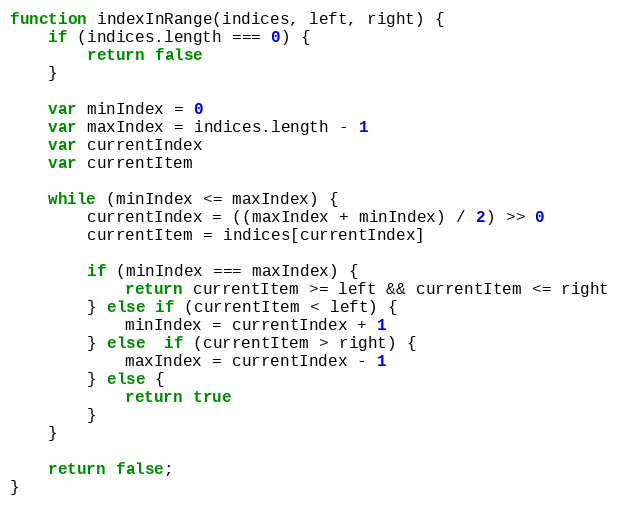
Language: JavaScript
function indexInRange(indices, left, right) {
    if (indices.length === 0) {
        return false
    }

    var minIndex = 0
    var maxIndex = indices.length - 1
    var currentIndex
    var currentItem

    while (minIndex <= maxIndex) {
        currentIndex = ((maxIndex + minIndex) / 2) >> 0
        currentItem = indices[currentIndex]

        if (minIndex === maxIndex) {
            return currentItem >= left && currentItem <= right
        } else if (currentItem < left) {
            minIndex = currentIndex + 1
        } else  if (currentItem > right) {
            maxIndex = currentIndex - 1
        } else {
            return true
        }
    }

    return false;
}